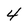
Character: 4